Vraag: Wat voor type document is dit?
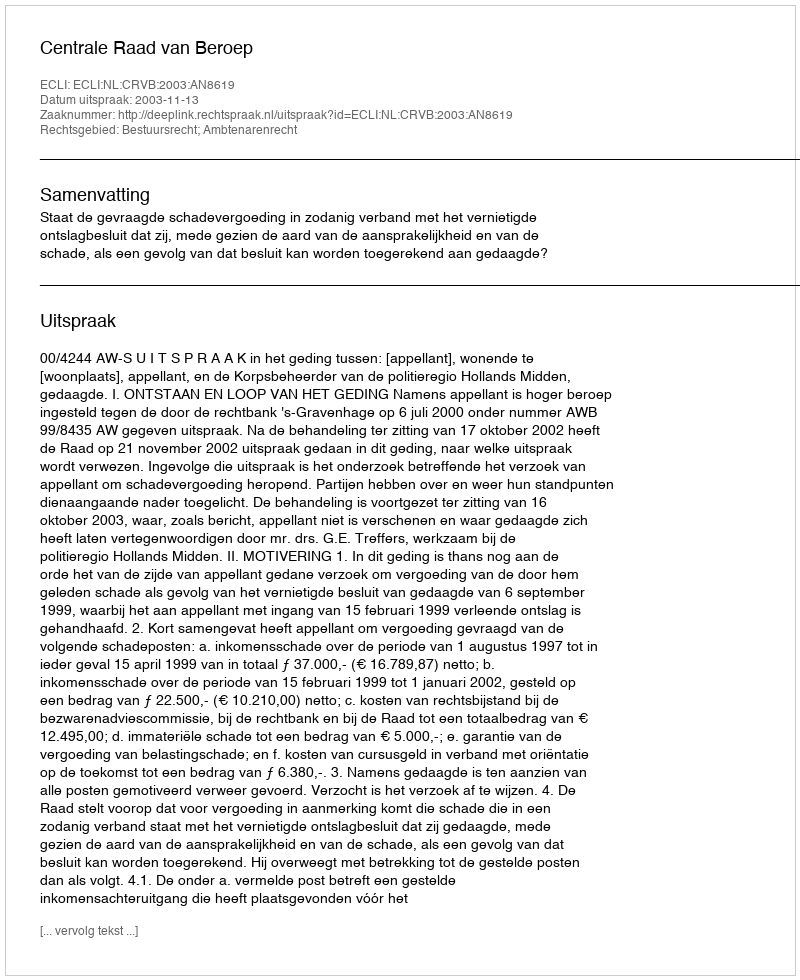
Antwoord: Uitspraak